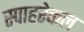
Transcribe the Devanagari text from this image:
स्पाहरेकल